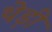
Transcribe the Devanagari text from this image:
थेड़ी